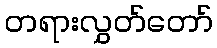
တရားလွှတ်တော်